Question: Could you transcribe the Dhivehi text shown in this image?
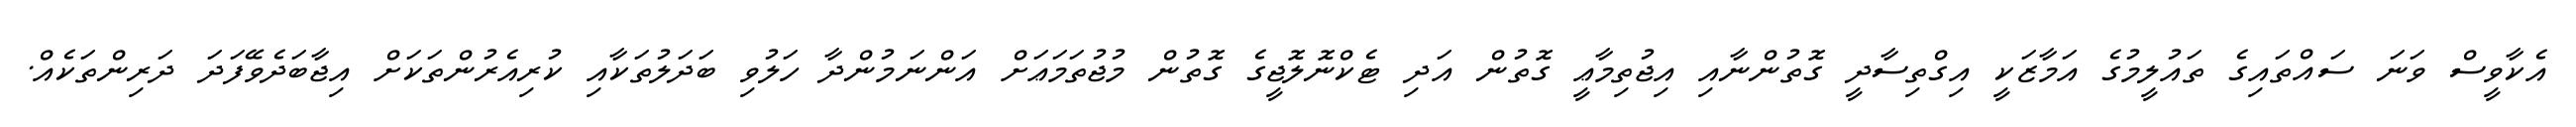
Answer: އެކާވީސް ވަނަ ސައްތައިގެ ތައުލީމުގެ އަމާޒަކީ އިގްތިސާދީ ގޮތުންނާއި އިޖުތިމާޢީ ގޮތުން އަދި ޓެކްނޮލޮޖީގެ ގޮތުން މުޖުތަމަޢަށް އަންނަމުންދާ ހަލުވި ބަދަލުތަކާއި ކުރިއެރުންތަކަށް އިޖާބަދެވޭފަދަ ދަރިންތަކެއް.